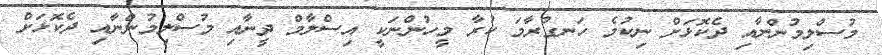
މުސްލިމުންނާއި ދެކޮޅަށް ނިކުމެ ހަނގުރާމަ ކުރާ މީހުންނަކީ އިސްލާމް ދީނާއި މުސްލިމުންނާއި ދެކޮޅަށް